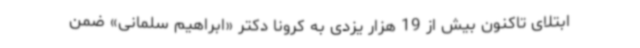
ابتلای تاکنون بیش از 19 هزار یزدی به کرونا دکتر «ابراهیم سلمانی» ضمن